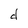
Character: d